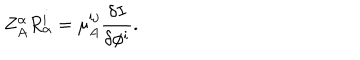
Z _ { A } ^ { \alpha } R _ { \alpha } ^ { i } = \mu _ { A } ^ { i j } \frac { \delta I } { \delta \phi ^ { i } } .